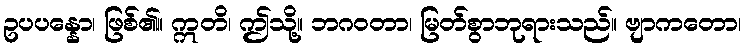
ဥပပန္နော၊ ဖြစ်၏။ ဣတိ၊ ဤသို့။ ဘဂဝတာ၊ မြတ်စွာဘုရားသည်။ ဗျာကတော၊